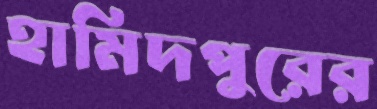
হামিদপুরের